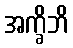
အက္ခိဘိ